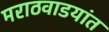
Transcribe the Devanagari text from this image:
मराठवाडयांत